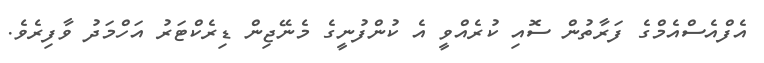
އެފްއެސްއެމްގެ ފަރާތުން ސޮއި ކުރެއްވީ އެ ކުންފުނީގެ މެނޭޖިން ޑިރެކްޓަރު އަހްމަދު ވާފިރެވެ.